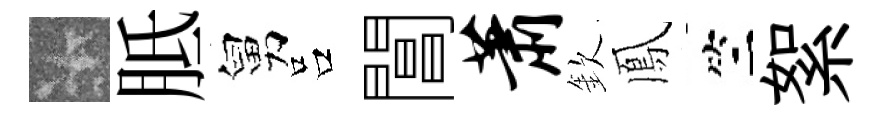
卡胝舅吕閶萧欽鳳竺絮